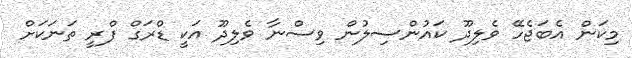
މިކަން އެބަޖެހޭ ވެލިދޫ ކައުންސިލުން ވިސްނާ ވެލިދޫ އަކީ ޑްރަގް ފްރީ ތަނަކަށް